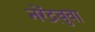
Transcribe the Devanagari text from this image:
नरेंद्रबुवा